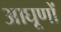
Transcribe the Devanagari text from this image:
आघूणों